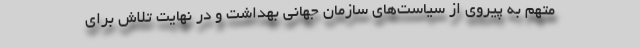
متهم به پیروی از سیاست‌های سازمان جهانی بهداشت و در نهایت تلاش برای